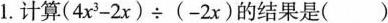
1.计算$$(4x^{3}-2x)\div(-2x)$$的结果是()